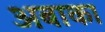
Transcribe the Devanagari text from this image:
अबाका